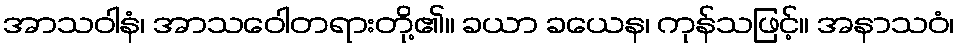
အာသဝါနံ၊ အာသဝေါတရားတို့၏။ ခယာ ခယေန၊ ကုန်သဖြင့်။ အနာသဝံ၊